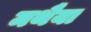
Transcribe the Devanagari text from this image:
मथैया